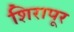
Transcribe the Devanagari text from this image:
शिरापूर